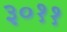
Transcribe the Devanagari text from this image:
३०११